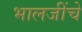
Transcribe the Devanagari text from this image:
भालजींचे